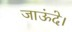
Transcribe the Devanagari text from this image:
जाऊंदे।